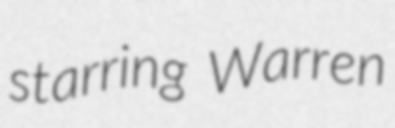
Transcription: starring Warren